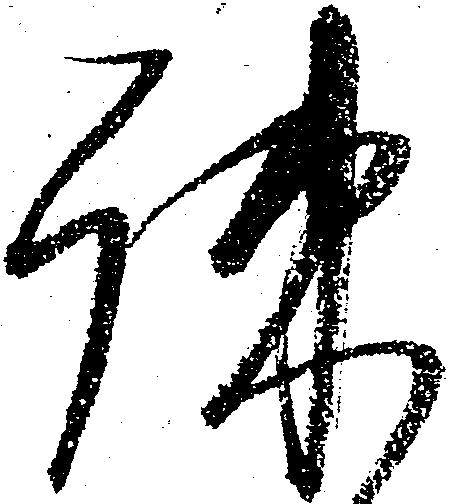
疎